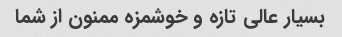
بسیار عالی تازه و خوشمزه ممنون از شما